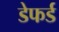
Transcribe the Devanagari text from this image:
डेफर्ड